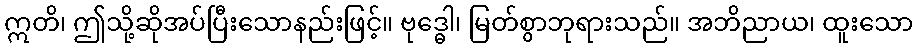
ဣတိ၊ ဤသို့ဆိုအပ်ပြီးသောနည်းဖြင့်။ ဗုဒ္ဓေါ၊ မြတ်စွာဘုရားသည်။ အဘိညာယ၊ ထူးသော